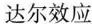
达尔效应